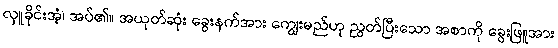
လှူခိုင်းအံ့၊ အပ်၏။ အယုတ်ဆုံး ခွေးနက်အား ကျွေးမည်ဟု ညွတ်ပြီးသော အစာကို ခွေးဖြူအား